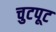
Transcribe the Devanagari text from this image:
चुटपूट